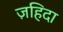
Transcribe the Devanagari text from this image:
ज़हिदा